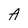
Character: A